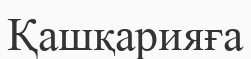
Қашқарияға